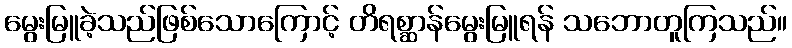
မွေးမြူခဲ့သည်ဖြစ်သောကြောင့် တိရစ္ဆာန်မွေးမြူရန် သဘောတူကြသည်။